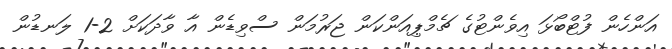
އަންހެން ފުޓްބޯޅަ އިވެންޓުގެ ޗެމްޕިއަންކަން ޖަރުމަން ސްވިޑެން އާ ވާދަކަށް 2-1 ލަނޑުން